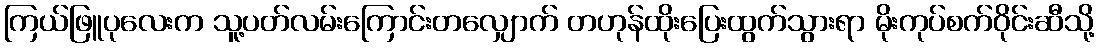
ကြယ်ဖြူပုလေးက သူ့ပတ်လမ်းကြောင်းတလျှောက် တဟုန်ထိုးပြေးထွက်သွားရာ မိုးကုပ်စက်ဝိုင်းဆီသို့